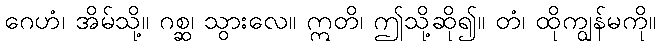
ဂေဟံ၊ အိမ်သို့။ ဂစ္ဆ၊ သွားလေ။ ဣတိ၊ ဤသို့ဆို၍။ တံ၊ ထိုကျွန်မကို။